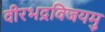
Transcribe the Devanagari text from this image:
वीरभद्रविजयमु